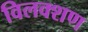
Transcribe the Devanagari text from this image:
विलक्शण